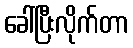
ခေါ်ပြီးလိုက်တာ